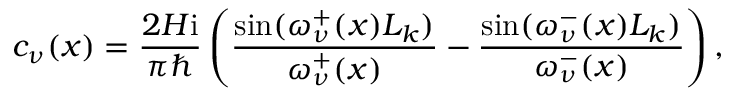
c _ { \nu } ( x ) = \frac { 2 H \mathrm { i } } { \pi \hbar } \left( \frac { \sin ( \omega _ { \nu } ^ { + } ( x ) L _ { k } ) } { \omega _ { \nu } ^ { + } ( x ) } - \frac { \sin ( \omega _ { \nu } ^ { - } ( x ) L _ { k } ) } { \omega _ { \nu } ^ { - } ( x ) } \right) ,